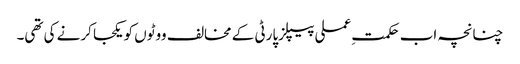
چنانچہ اب حکمتِ عملی پیپلزپارٹی کے مخالف ووٹوں کو یکجا کرنے کی تھی۔